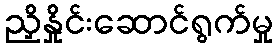
ညှိနှိုင်းဆောင်ရွက်မှု